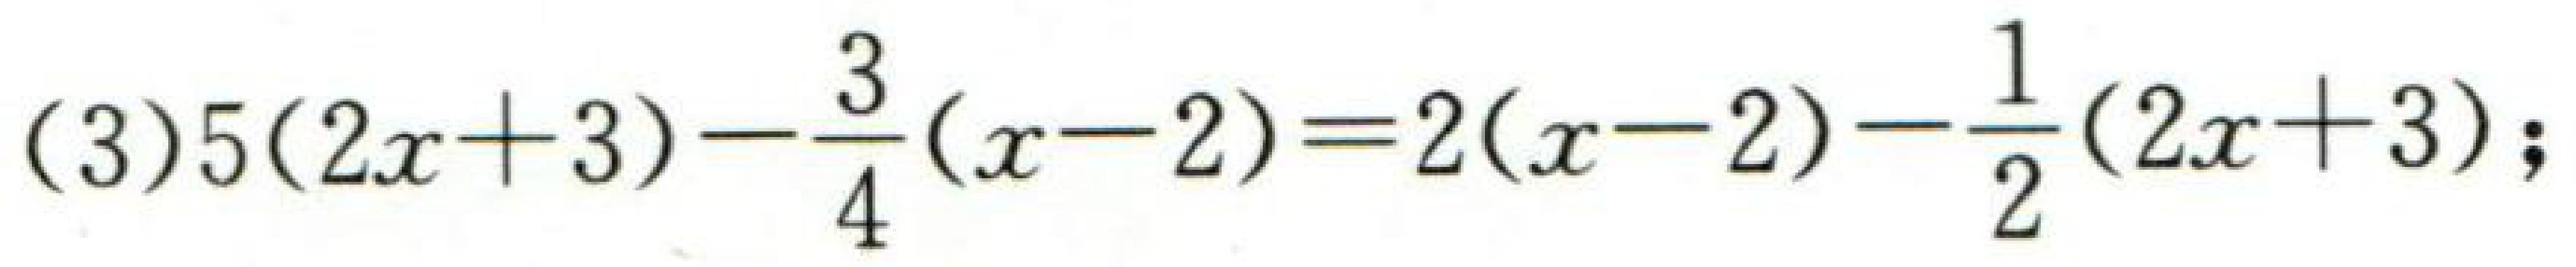
\((3)5(2x + 3)-\frac{3}{4}(x - 2)=2(x - 2)-\frac{1}{2}(2x + 3);\)